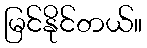
မြင်နိုင်တယ်။